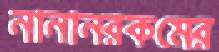
নানানরকমের